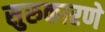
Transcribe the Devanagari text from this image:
सुरुकारणे